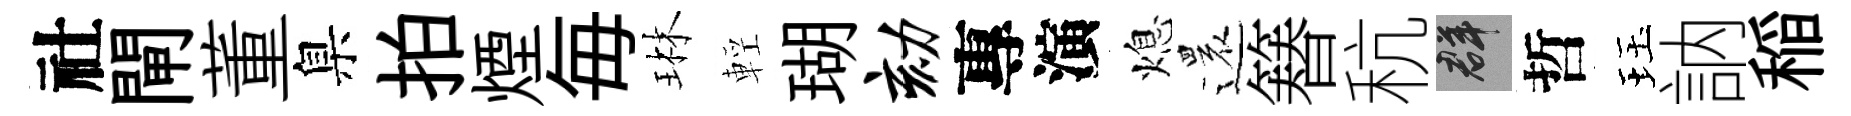
社閘董臬拍煙毎琳輕瑚劾專演熄還簮秔群哲珏訥稲